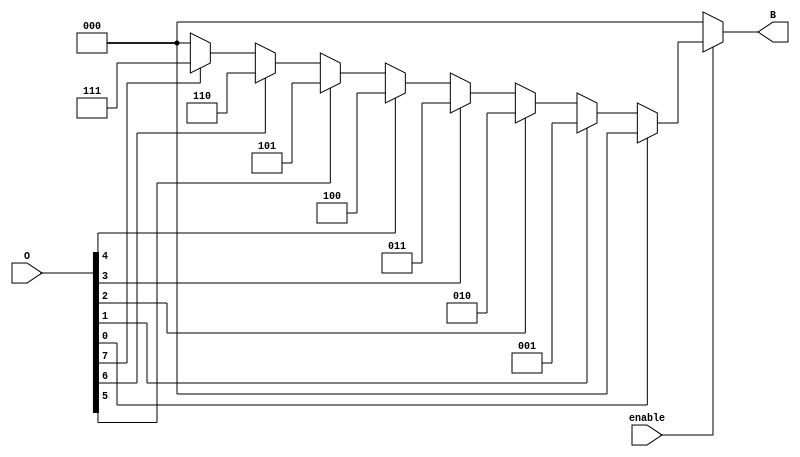
module OctalToBinaryEncoder (
    input wire [7:0] O,      // 8 input lines for octal digits O0 to O7
    input wire enable,        // Enable input to control the encoder
    output reg [2:0] B       // 3 output lines for binary representation B2, B1, B0
);

    always @(*) begin
        if (!enable) begin
            B = 3'b000; // Output 000 when not enabled
        end else begin
            case (1'b1) // Check for active inputs
                O[0]: B = 3'b000; // O0 active
                O[1]: B = 3'b001; // O1 active
                O[2]: B = 3'b010; // O2 active
                O[3]: B = 3'b011; // O3 active
                O[4]: B = 3'b100; // O4 active
                O[5]: B = 3'b101; // O5 active
                O[6]: B = 3'b110; // O6 active
                O[7]: B = 3'b111; // O7 active
                default: B = 3'b000; // No active input
            endcase
        end
    end
endmodule